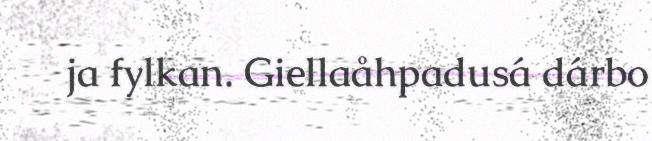
ja fylkan. Giellaåhpadusá dárbo